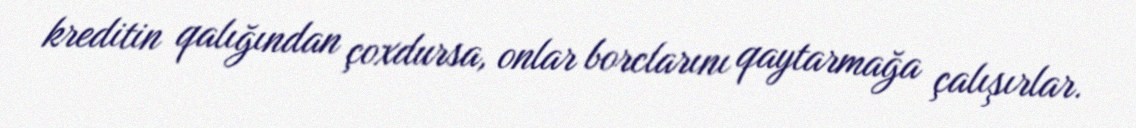
kreditin qalığından çoxdursa, onlar borclarını qaytarmağa çalışırlar.